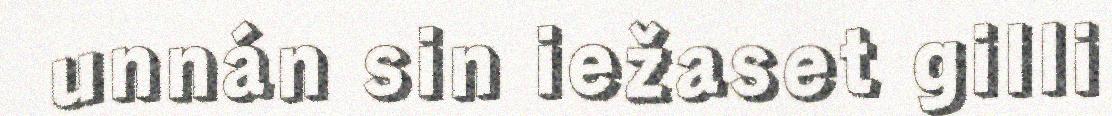
unnán sin iežaset gilli